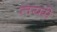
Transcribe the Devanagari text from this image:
लयमे